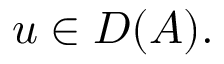
u \in D ( A ) .